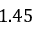
1 . 4 5